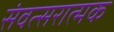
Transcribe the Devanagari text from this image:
संवत्सरात्मक